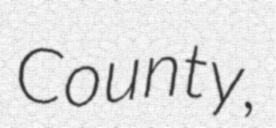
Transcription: County,